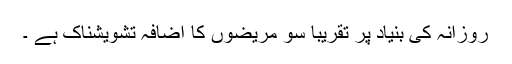
روزانہ کی بنیاد پر تقریباََ سو مریضوں کا اضافہ تشویشناک ہے ۔